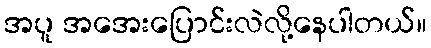
အပူ အအေးပြောင်းလဲလို့နေပါတယ်။